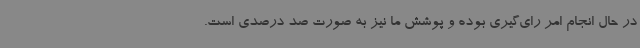
در حال انجام امر رای‌گیری بوده و پوشش ما نیز به صورت صد درصدی است.